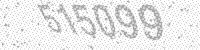
Solution: 515099